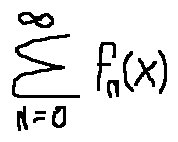
\sum \limits _ { n = 0 } ^ { \infty } f _ { n } ( x )